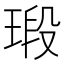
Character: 瑖